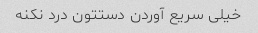
خیلی سریع آوردن دستتون درد نکنه